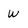
Character: w